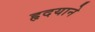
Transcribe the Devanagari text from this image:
हृदयाने